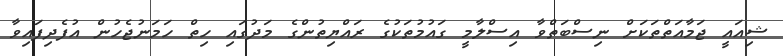
ޝިއައީ ޖަމާއަތްތަކަށް ނިސްބަތްވާ އިސްލާމީ ގައުމުތަކުގެ ރައްޔިތުންގެ މަދުގައި ހިތް ހަމަނުޖެހުން އުފެދިފައިވާ